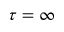
\tau = \infty